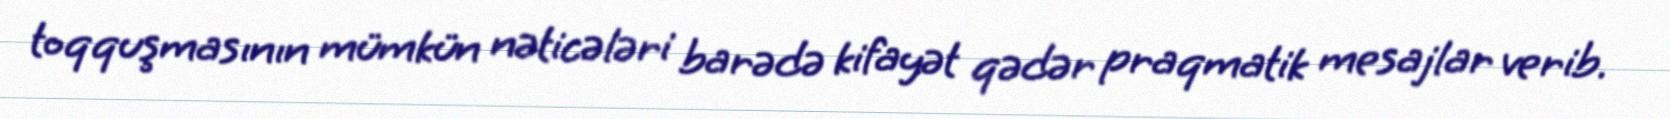
toqquşmasının mümkün nəticələri barədə kifayət qədər praqmatik mesajlar verib.